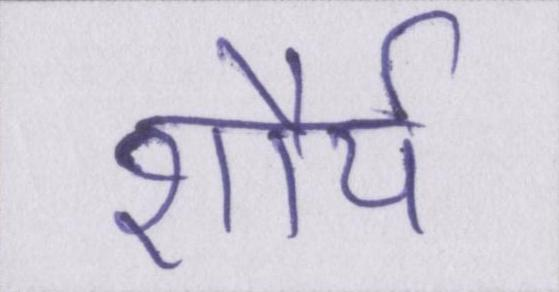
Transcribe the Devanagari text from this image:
शौर्य